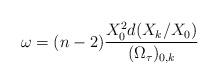
LaTeX: \begin{align*}\omega=(n-2)\frac{X_0^2 d(X_k/X_0) }{(\Omega_{\tau})_{0,k}}\end{align*}